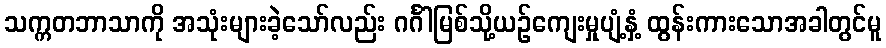
သက္ကတဘာသာကို အသုံးများခဲ့သော်လည်း ဂင်္ဂါမြစ်သို့ယဉ်ကျေးမှုပျံ့နှံ့ ထွန်းကားသောအခါတွင်မူ